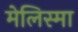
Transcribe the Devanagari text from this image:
मेलिस्मा